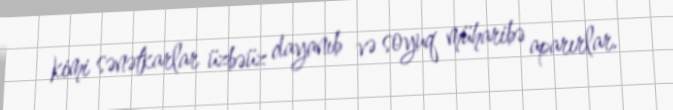
kimi sənətkarlar üzbəüz dayanıb və soyuq müharibə aparırlar.